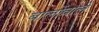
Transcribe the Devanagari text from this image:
बालोंवाले